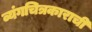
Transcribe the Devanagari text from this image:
व्यंगचित्रकाराची